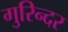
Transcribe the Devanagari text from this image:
गुरिन्दर